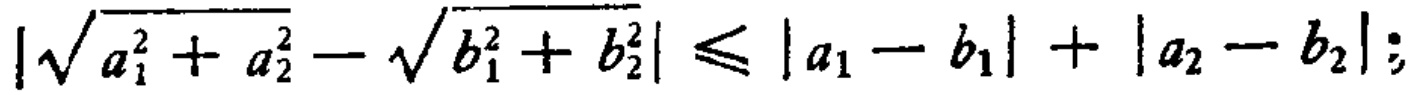
\(\left|\sqrt{a_{1}^{2}+a_{2}^{2}} - \sqrt{b_{1}^{2}+b_{2}^{2}}\right|\leqslant\left|a_{1}-b_{1}\right|+\left|a_{2}-b_{2}\right|;\)